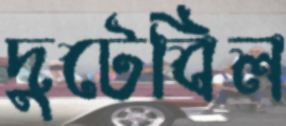
দুটেবিল